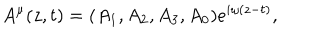
A ^ { \mu } ( z , t ) = ( A _ { 1 } , A _ { 2 } , A _ { 3 } , A _ { 0 } ) e ^ { i \omega ( z - t ) } ,